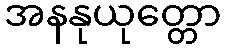
အနနုယုတ္တော